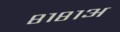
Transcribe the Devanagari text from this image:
८१८१अ